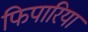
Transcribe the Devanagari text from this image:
फिपारिया